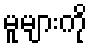
မူများကို